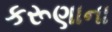
કરૂણાના